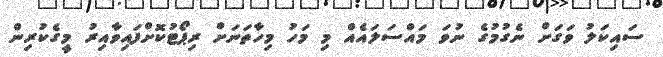
ސައިކަލު ވަގަށް ނެގުމުގެ ނުވަ މައްސަލައެއް މި މަހު މިހާތަނަށް ރިޕޯޓުކޮށްފައިވާއިރު މީގެކުރިން